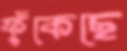
ফুঁকেছে